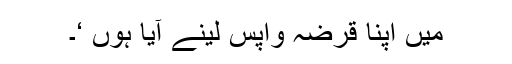
میں اپنا قرضہ واپس لینے آیا ہوں ‘۔